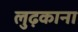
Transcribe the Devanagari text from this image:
लुढ़काना